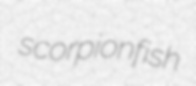
scorpionfish